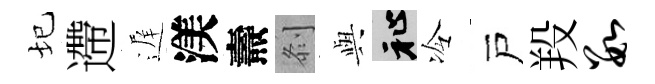
圮遰遅渼燾𠛴𫤰祉冷戸羖数